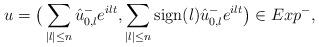
LaTeX: \begin{align*}u=\big(\sum _{|l|\leq n}\hat{u}_{0,l}^-e^{ilt}, \sum_{|l|\leq n}{\rm sign}(l)\hat{u}_{0,l}^-e^{ilt} \big)\in Exp^-,\end{align*}